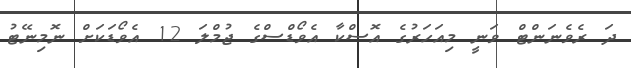
ދަ ރެވެނަންޓް ވަނީ މިއަހަރުގެ އޮސްކާ އެވޯޑްސްގެ ޖުމްލަ 12 އެވޯޑަކަށް ނޮމިނޭޓު